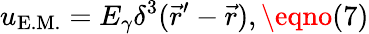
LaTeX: u_{\textrm{E.M.}}=E_{\gamma}\delta^{3}({\vec{r}^{\prime}}-{\vec{r}}),\eqno(7)